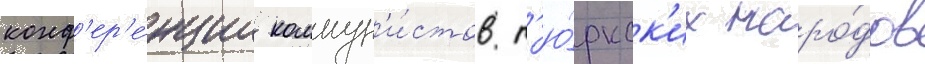
конф'ер'е́нции коммун'и́стов т'ю́ркск'их наро́дов